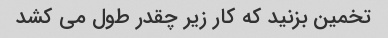
تخمین بزنید که کار زیر چقدر طول می کشد